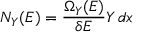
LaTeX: N _ { Y } ( E ) = { \frac { \Omega _ { Y } ( E ) } { \delta E } } Y \, d x